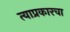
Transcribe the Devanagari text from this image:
त्याप्रकारचा